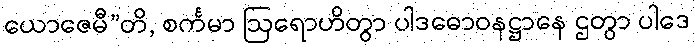
ယောဇေမီ”တိ, စင်္ကမာ ဩရောဟိတွာ ပါဒဓောဝနဋ္ဌာနေ ဌတွာ ပါဒေ